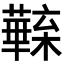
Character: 𣟦